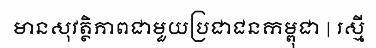
មានសុវត្ថិភាពជាមួយប្រជាជនកម្ពុជា | រស្មី